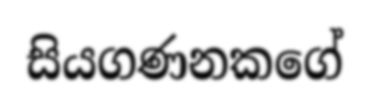
සියගණනකගේ